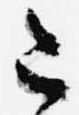
こ